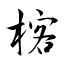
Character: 楁